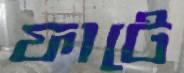
ফাটে